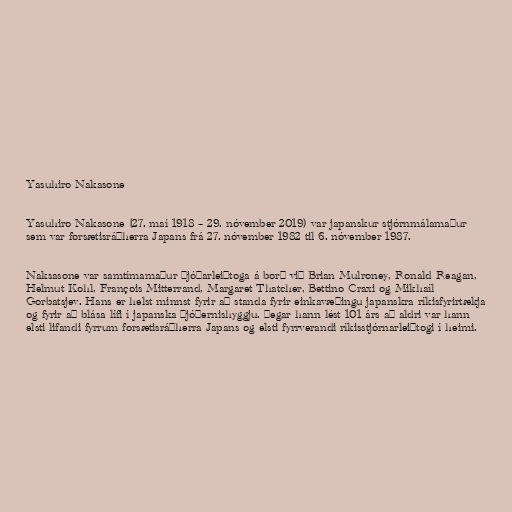
Yasuhiro Nakasone

Yasuhiro Nakasone (27. maí 1918 – 29. nóvember 2019) var japanskur stjórnmálamaður
sem var forsætisráðherra Japans frá 27. nóvember 1982 til 6. nóvember 1987.

Naksasone var samtímamaður þjóðarleiðtoga á borð við Brian Mulroney, Ronald Reagan,
Helmut Kohl, François Mitterrand, Margaret Thatcher, Bettino Craxi og Mikhaíl
Gorbatsjev. Hans er helst minnst fyrir að standa fyrir einkavæðingu japanskra ríkisfyrirtækja
og fyrir að blása lífi í japanska þjóðernishyggju. Þegar hann lést 101 árs að aldri var hann
elsti lifandi fyrrum forsætisráðherra Japans og elsti fyrrverandi ríkisstjórnarleiðtogi í heimi.